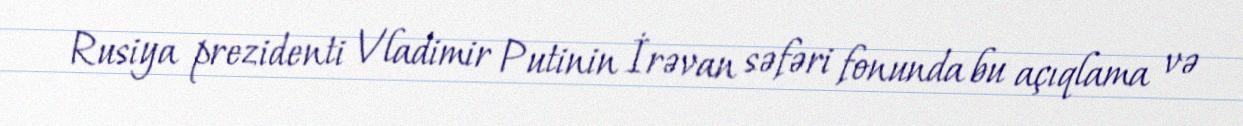
Rusiya prezidenti Vladimir Putinin İrəvan səfəri fonunda bu açıqlama və